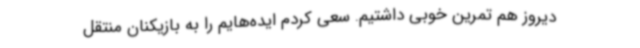
دیروز هم تمرین خوبی داشتیم. سعی کردم ایده‌هایم را به بازیکنان منتقل